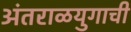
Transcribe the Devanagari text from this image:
अंतराळयुगाची